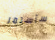
سأستمر